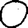
Digit: 0